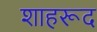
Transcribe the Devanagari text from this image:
शाहरूद